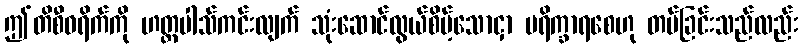
ဤတိစီဝရိက်ကို ဟတ္ထပါသ်ကင်းလျက် သုံးဆောင်လွယ်စိမ့်သောငှာ ပရိက္ခာရစေဟု တပ်ခြင်းသည်လည်း